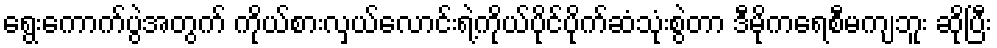
ရွေးကောက်ပွဲအတွက် ကိုယ်စားလှယ်လောင်းရဲ့ကိုယ်ပိုင်ပိုက်ဆံသုံးစွဲတာ ဒီမိုကရေစီမကျဘူး ဆိုပြီး